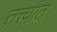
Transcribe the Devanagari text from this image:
तत्त्वात